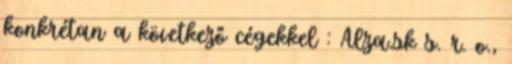
konkrétan a következő cégekkel : Alza.sk s. r. o.,